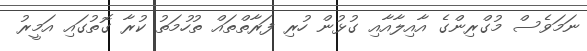
ނަމަވެސް މުގްރިންގެ އާއިލާއާއި ގުޅުން ހުރި ފަރާތްތައް ތުހުމަތު ކުރާ ގޮތުގައި އަމީރު